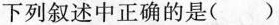
下列叙述中正确的是()